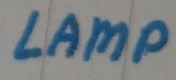
Text: LAMP